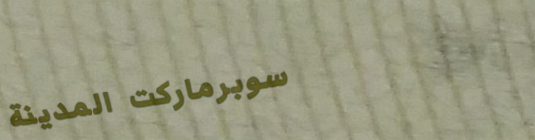
سوبرماركت المدينة